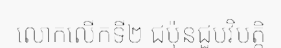
លោកលើកទី២ ជប៉ុនជួបវិបត្តិ